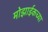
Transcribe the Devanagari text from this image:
मोझाईकच्या